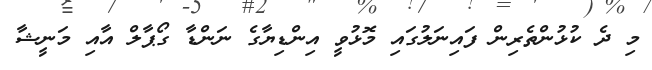
މި ދެ ކުޅުންތެރިން ފައިނަލުގައި މޮޅުވީ އިންޑިޔާގެ ނަންޑާ ގޯޕާލް އާއި މަނީޝާ